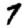
Digit: 7